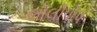
લોલીપોપ